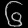
Digit: ၆